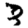
Digit: 3